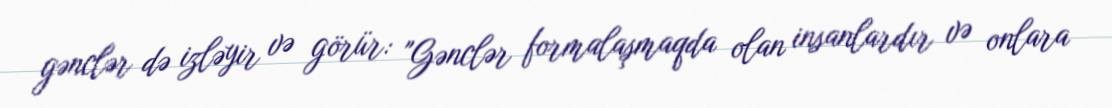
gənclər də izləyir və görür: "Gənclər formalaşmaqda olan insanlardır və onlara